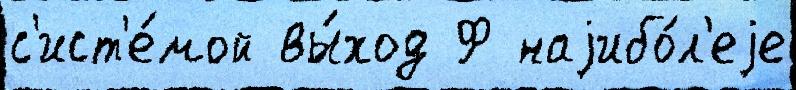
с'ист'е́мой вы́ход Ф наjибо́л'еjе